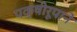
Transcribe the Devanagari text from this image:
पक्षीरूपानें